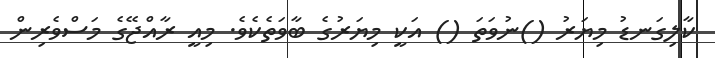
ކާލިގަނޑު މިޔަރު ()ނުވަތަ () އަކީ މިޔަރުގެ ބާވަތެކެވެ. މިއީ ރާއްޖޭގެ މަސްވެރިން